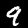
Label: 9